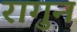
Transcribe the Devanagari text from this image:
रागुन